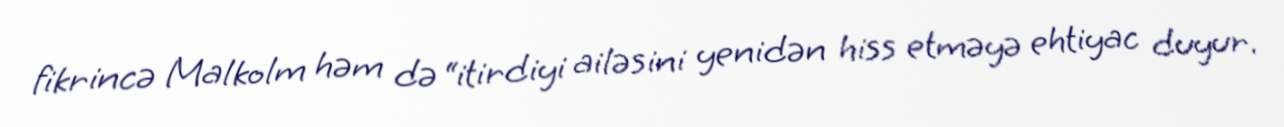
fikrincə Malkolm həm də “itirdiyi ailəsini yenidən hiss etməyə ehtiyac duyur.